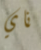
ناي